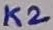
Text: K2